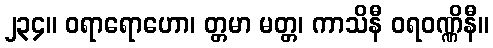
၂၃၄။ ဝရာရောဟော၊ တ္တမာ မတ္တ၊ ကာသိနီ ဝရဝဏ္ဏိနီ။